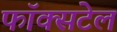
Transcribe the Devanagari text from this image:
फॉक्‍सटेल